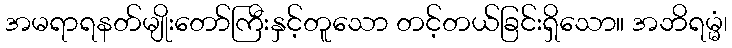
အမရာရနတ်မျိုးတော်ကြီးနှင့်တူသော တင့်တယ်ခြင်းရှိသော။ အဘိရမ္မံ၊